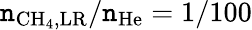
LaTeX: \mathtt{n}_{\mathrm{{CH}}_{4},\mathrm{{LR}}}/\mathtt{n}_{\mathrm{{He}}}=1/100